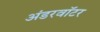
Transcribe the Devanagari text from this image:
अंडरवॉटर